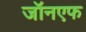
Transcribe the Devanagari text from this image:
जॉनएफ